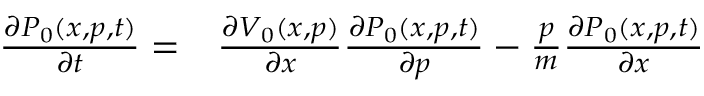
\begin{array} { r l } { \frac { \partial P _ { 0 } ( x , p , t ) } { \partial t } = } & { { } \frac { \partial V _ { 0 } ( x , p ) } { \partial x } \frac { \partial P _ { 0 } ( x , p , t ) } { \partial p } - \frac { p } { m } \frac { \partial P _ { 0 } ( x , p , t ) } { \partial x } } \end{array}